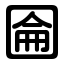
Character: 圇